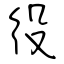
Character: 役